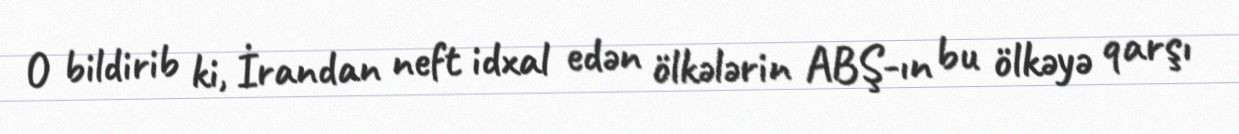
O bildirib ki, İrandan neft idxal edən ölkələrin ABŞ-ın bu ölkəyə qarşı